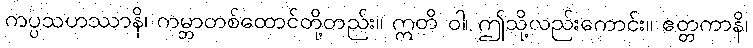
ကပ္ပသဟဿာနိ၊ ကမ္ဘာတစ်ထောင်တို့တည်း။ ဣတိ ဝါ၊ ဤသို့လည်းကောင်း။ ဧတ္တကာနိ၊